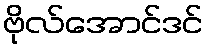
ဗိုလ်အောင်ဒင်